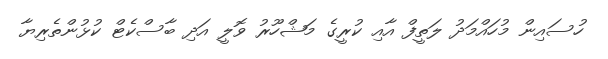
ހުސައިން މުހައްމަދު ލަތީފް އާއި ކުރީގެ މަޝްހޫރު ވޮލީ އަދި ބާސްކެޓް ކުޅުންތެރިޔާ